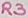
Text: R3